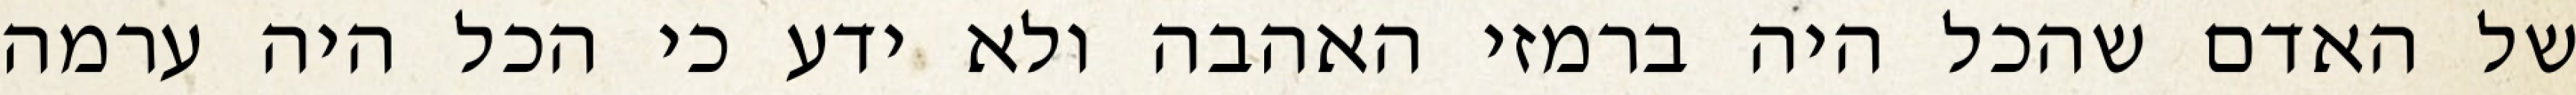
של האדם שהכל היה ברמזי האהבה ולא ידע כי הכל היה ערמה